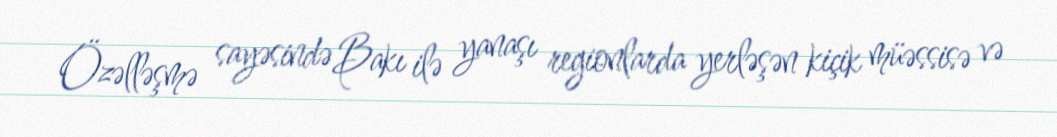
Özəlləşmə sayəsində Bakı ilə yanaşı regionlarda yerləşən kiçik müəssisə və